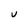
Character: U